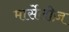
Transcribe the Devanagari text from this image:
मार्सेलीज़